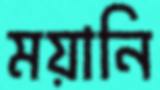
ময়ানি